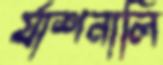
র‍্যাশনালি